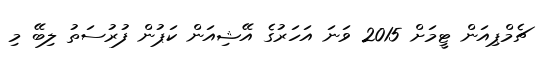
ޗެމްޕިއަން ޓީމަށް 2015 ވަނަ އަހަރުގެ އޭޝިއަން ކަޕުން ފުރުސަތު ލިބޭ މި